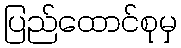
ပြည်ထောင်စုမှ